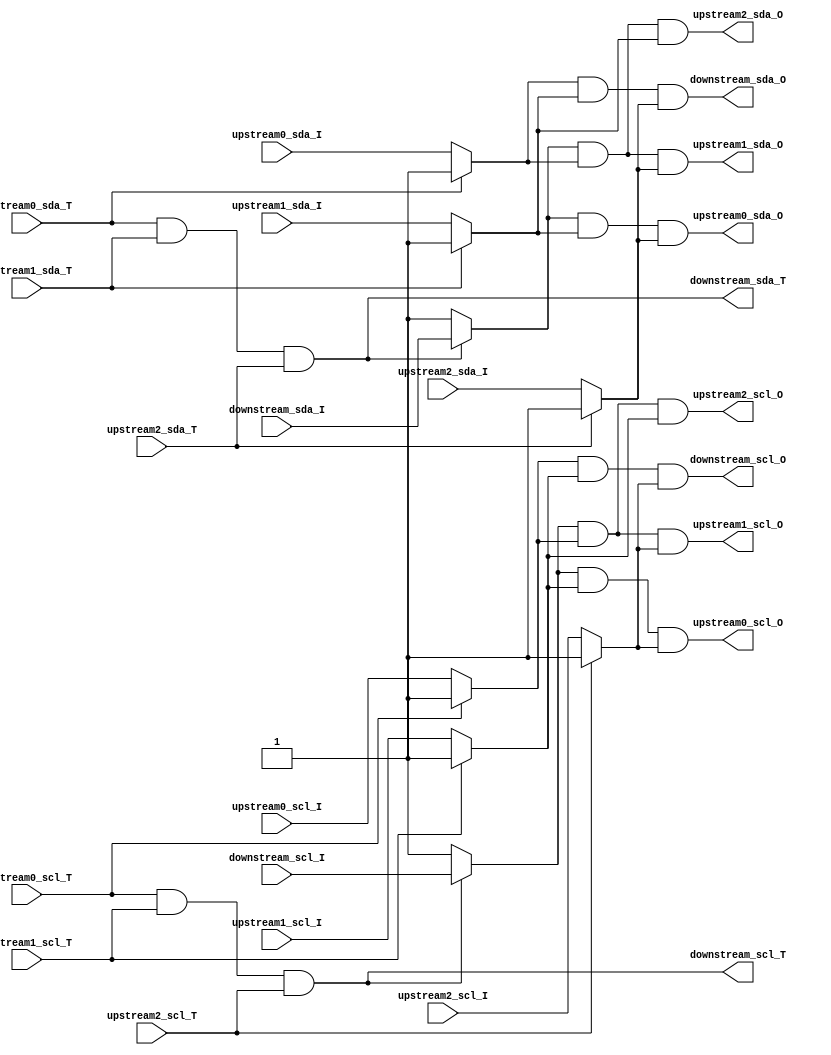
module i2c_hub_x3
(
//
	input     upstream0_scl_T,
	input     upstream0_scl_I,
	output    upstream0_scl_O,
	input     upstream0_sda_T,
	input     upstream0_sda_I,
	output    upstream0_sda_O,
    
// 1   
	input     upstream1_scl_T,
	input     upstream1_scl_I,
	output    upstream1_scl_O,
	input     upstream1_sda_T,
	input     upstream1_sda_I,
	output    upstream1_sda_O,
// 2   
    input     upstream2_scl_T,
	input     upstream2_scl_I,
	output    upstream2_scl_O,
	input     upstream2_sda_T,
	input     upstream2_sda_I,
	output    upstream2_sda_O,
	
	
	output    downstream_scl_T,
	input     downstream_scl_I,
	output    downstream_scl_O,
	output    downstream_sda_T,
	input     downstream_sda_I,
	output    downstream_sda_O
);
/*
T01

*/
//assign downstream_scl_T = upstream0_scl_T & upstream1_scl_T;
//assign downstream_scl_O = (upstream0_scl_T ? 1'b1 : upstream0_scl_I) & (upstream1_scl_T ? 1'b1 : upstream1_scl_I);
//assign downstream_sda_T = upstream0_sda_T & upstream1_sda_T;
//assign downstream_sda_O = (upstream0_sda_T ? 1'b1 : upstream0_sda_I) & (upstream1_sda_T ? 1'b1 : upstream1_sda_I);
// follows for spec proj
//assign upstream0_scl_O = downstream_scl_I;
//assign upstream0_sda_O = downstream_sda_I;
//assign upstream1_scl_O = downstream_scl_I;
//assign upstream1_sda_O = downstream_sda_I;
//// follows for spec proj
////assign upstream0_scl_O = downstream_scl_I & upstream1_scl_I;
////assign upstream0_sda_O = downstream_sda_I & upstream1_sda_I;
////assign upstream1_scl_O = downstream_scl_I & upstream0_scl_I;
////assign upstream1_sda_O = downstream_sda_I & upstream0_sda_I;


assign downstream_scl_T = upstream0_scl_T & upstream1_scl_T & upstream2_scl_T;
assign downstream_scl_O = (upstream0_scl_T ? 1'b1 : upstream0_scl_I) & (upstream1_scl_T ? 1'b1 : upstream1_scl_I) & (upstream2_scl_T ? 1'b1 : upstream2_scl_I);
assign upstream0_scl_O=((upstream0_scl_T & upstream1_scl_T & upstream2_scl_T) ? downstream_scl_I : 1'b1) & (upstream1_scl_T ? 1'b1 : upstream1_scl_I) & (upstream2_scl_T ? 1'b1 : upstream2_scl_I);
assign upstream1_scl_O=((upstream0_scl_T & upstream1_scl_T & upstream2_scl_T) ? downstream_scl_I : 1'b1) & (upstream0_scl_T ? 1'b1 : upstream0_scl_I) & (upstream2_scl_T ? 1'b1 : upstream2_scl_I);
assign upstream2_scl_O=((upstream0_scl_T & upstream1_scl_T & upstream2_scl_T) ? downstream_scl_I : 1'b1) & (upstream0_scl_T ? 1'b1 : upstream0_scl_I) & (upstream1_scl_T ? 1'b1 : upstream1_scl_I);

assign downstream_sda_T = upstream0_sda_T & upstream1_sda_T & upstream2_sda_T;
assign downstream_sda_O = (upstream0_sda_T ? 1'b1 : upstream0_sda_I) & (upstream1_sda_T ? 1'b1 : upstream1_sda_I) & (upstream2_sda_T ? 1'b1 : upstream2_sda_I);
assign upstream0_sda_O=((upstream0_sda_T & upstream1_sda_T & upstream2_sda_T) ? downstream_sda_I : 1'b1) & (upstream1_sda_T ? 1'b1 : upstream1_sda_I) & (upstream2_sda_T ? 1'b1 : upstream2_sda_I);
assign upstream1_sda_O=((upstream0_sda_T & upstream1_sda_T & upstream2_sda_T) ? downstream_sda_I : 1'b1) & (upstream0_sda_T ? 1'b1 : upstream0_sda_I) & (upstream2_sda_T ? 1'b1 : upstream2_sda_I);
assign upstream2_sda_O=((upstream0_sda_T & upstream1_sda_T & upstream2_sda_T) ? downstream_sda_I : 1'b1) & (upstream0_sda_T ? 1'b1 : upstream0_sda_I) & (upstream1_sda_T ? 1'b1 : upstream1_sda_I);
// slave device, upstream1_scl_T=1, upstream1_scl_I=1 


/*
assign downstream_scl_T = upstream0_scl_T & upstream1_scl_T & upstream2_scl_T;
assign downstream_scl_O = (upstream0_scl_T ? 1'b1 : upstream0_scl_I) & (upstream1_scl_T ? 1'b1 : upstream1_scl_I) & (upstream2_scl_T ? 1'b1 : upstream2_scl_I);
assign downstream_sda_T = upstream0_sda_T & upstream1_sda_T & upstream2_sda_T;;
assign downstream_sda_O = (upstream0_sda_T ? 1'b1 : upstream0_sda_I) & (upstream1_sda_T ? 1'b1 : upstream1_sda_I) & (upstream2_sda_T ? 1'b1 : upstream2_sda_I);
assign upstream0_scl_O = downstream_scl_I;
assign upstream0_sda_O = downstream_sda_I;
assign upstream1_scl_O = downstream_scl_I;
assign upstream1_sda_O = downstream_sda_I;
assign upstream2_scl_O = downstream_scl_I;
assign upstream2_sda_O = downstream_sda_I;
*/

endmodule


/*
I->|||<->IO
O<-|||


T==1, then left input, O=IO,I=X(don't care)
T==1, O<-IO

T==0, then left output, IO=I,O=X(don't care)
T==0, I->IO

IO=T?1:I
O=T?IO:1


Ta0->||||
Ia0->||||
Oa0<-||||Tb->
     ||||Ob->
Ta1->||||Ib-<
Ia1->||||
Oa1<-||||

slave device, Ta1_scl=1, Ia1_scl=1 

if(Ta0==0 && Ta1==1)
then Tb=0, Ob=Ia0,Oa1=Ia0,  Oa0=1(x),Ib=x
if(Ta0==1 && Ta1==0)
then Tb=0, Ob=Ia1,Oa0=Ia1,  Oa1=1(x),Ib=x
if(Ta0==1 && Ta1==1)
then Tb=1, Oa0=Ib,Oa1=Ib,   Ob=1(x),Ia0=x,Ia1=x


assign Tb = Ta0 & Ta1;
assign Ob = (Ta0 ? 1'b1 : Ia0) & (Ta1 ? 1'b1 : Ia1);
//assign Oa1 = Ib & Ia0;
assign Oa0 = (Tb?Ib:1'b1)&(Ta1?1'b1:Ia1) = ((Ta0 & Ta1)?Ib:1'b1)&(Ta1?1'b1:Ia1)
assign Oa1 = (Tb?Ib:1'b1)&(Ta0?1'b1:Ia0) = ((Ta0 & Ta1)?Ib:1'b1)&(Ta0?1'b1:Ia0)


 if(Ta0==0 && Ta1==0)
then Tb=0 Ob=Ia0&Ia1, Oa0=Ia1, Oa1=Ia0

assign downstream_scl_T = upstream0_scl_T & upstream1_scl_T;
assign downstream_scl_O = (upstream0_scl_T ? 1'b1 : upstream0_scl_I) & (upstream1_scl_T ? 1'b1 : upstream1_scl_I);
assign upstream0_scl_O=((upstream0_scl_T & upstream1_scl_T) ? downstream_scl_I : 1'b1) & (upstream1_scl_T ? 1'b1 : upstream1_scl_I);
assign upstream1_scl_O=((upstream0_scl_T & upstream1_scl_T) ? downstream_scl_I : 1'b1) & (upstream0_scl_T ? 1'b1 : upstream0_scl_I);

assign downstream_sda_T = upstream0_sda_T & upstream1_sda_T;
assign downstream_sda_O = (upstream0_sda_T ? 1'b1 : upstream0_sda_I) & (upstream1_sda_T ? 1'b1 : upstream1_sda_I);
assign upstream0_sda_O=((upstream0_sda_T & upstream1_sda_T) ? downstream_sda_I : 1'b1) & (upstream1_sda_T ? 1'b1 : upstream1_sda_I);
assign upstream1_sda_O=((upstream0_sda_T & upstream1_sda_T) ? downstream_sda_I : 1'b1) & (upstream0_sda_T ? 1'b1 : upstream0_sda_I);
*/